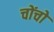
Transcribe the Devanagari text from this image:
चोंचो